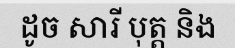
ដូច សារី បុត្ត និង